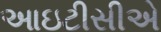
આઇટીસીએ